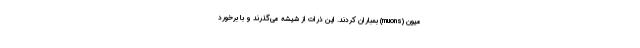
میون (muons) بمباران کردند. این ذرات از شیشه می‌گذرند و با برخورد